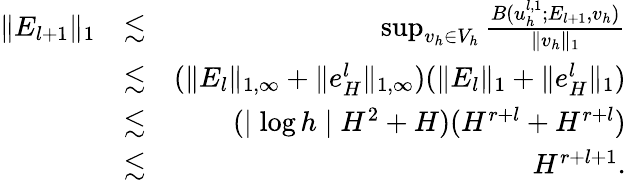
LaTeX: \begin{array}{rlr}{\| E_{l+1}\| _{1}}&{\lesssim}&{\operatorname*{sup}_{v_{h}\in V_{h}}\frac{B(u_{h}^{l,1};E_{l+1},v_{h})}{\| v_{h}\| _{1}}}\\ &{\lesssim}&{(\| E_{l}\| _{1,\infty}+\| e_{H}^{l}\| _{1,\infty})(\| E_{l}\| _{1}+\| e_{H}^{l}\| _{1})}\\ &{\lesssim}&{(\mid\log h\mid H^{2}+H)(H^{r+l}+H^{r+l})}\\ &{\lesssim}&{H^{r+l+1}.}\end{array}